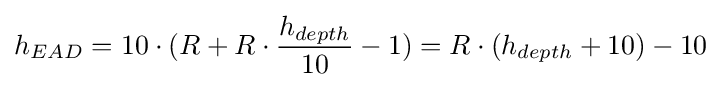
h_{EAD}=10\cdot (R+R\cdot {\frac {h_{depth}}{10}}-1)=R\cdot (h_{depth}+10)-10